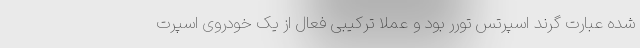
شده عبارت گرند اسپرتس تورر بود و عملا ترکیبی فعال از یک خودروی اسپرت